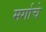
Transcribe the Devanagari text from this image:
मर्गाचे